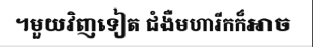
។មួយវិញទៀត ជំងឺមហារីកក៏អាច